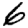
Digit: 6